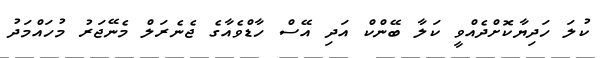
ކުލަ ހަދިޔާކޮށްދެއްވީ ކަލާ ބޭންކް އަދި އޭސް ހާޑްވެއާގެ ޖެނެރަލް މެނޭޖަރު މުހައްމަދު